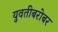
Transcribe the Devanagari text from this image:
युवतीबरोबर